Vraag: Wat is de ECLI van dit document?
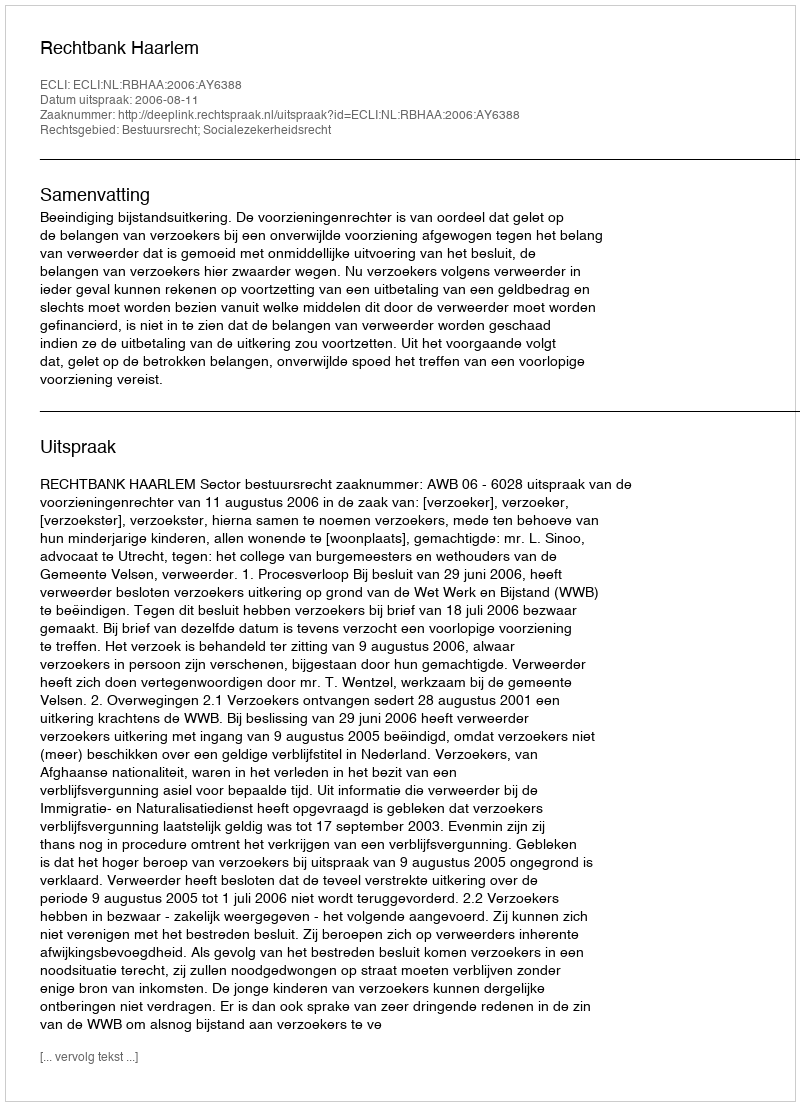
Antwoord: ECLI:NL:RBHAA:2006:AY6388